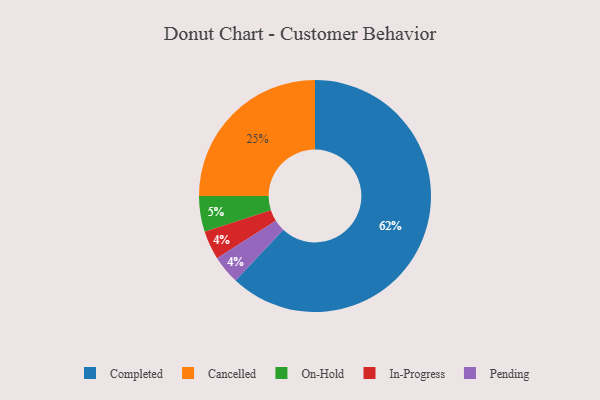
{"axis": {"x": "Category", "y": "Percentage"}, "legend": ["Cancelled", "Completed", "In-Progress", "On-Hold", "Pending"], "data": [{"x": "In-Progress", "y": 4, "type": "In-Progress"}, {"x": "Pending", "y": 4, "type": "Pending"}, {"x": "Completed", "y": 62, "type": "Completed"}, {"x": "Cancelled", "y": 25, "type": "Cancelled"}, {"x": "On-Hold", "y": 5, "type": "On-Hold"}]}